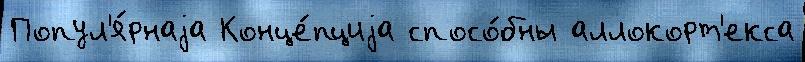
Попул'я́рнаjа Конце́пциjа спосо́бны аллокорт'екса